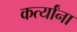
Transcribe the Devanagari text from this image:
कर्त्यांना